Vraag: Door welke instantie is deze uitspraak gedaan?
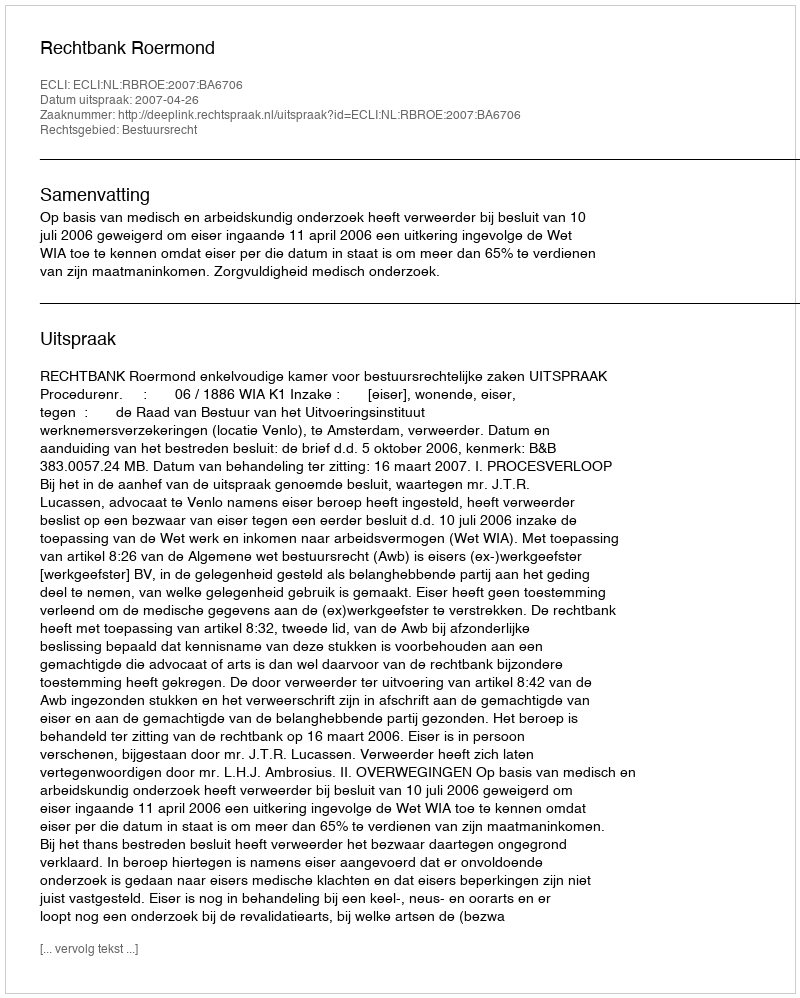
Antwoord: Rechtbank Roermond